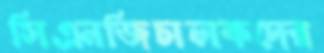
সিএনজিচালকদের